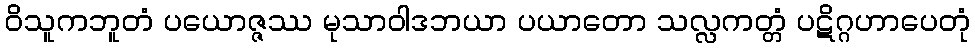
ဝိသူကဘူတံ ပယောဇ္ဇဿ မုသာဝါဒဘယာ ပယာတော သလ္လကတ္တံ ပဋိဂ္ဂဟာပေတုံ